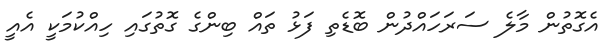
އެގޮތުން މާލެ ސަރަހައްދުން ބޮޑެތި ފަޅު ތައް ބިންގެ ގޮތުގައި ހިއްކުމަކީ އެއީ